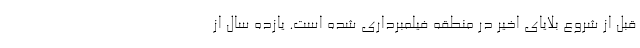
قبل از شروع بلایای اخیر در منطقه فیلمبرداری شده است. یازده سال از